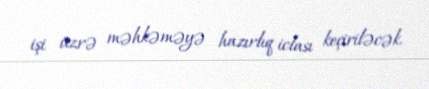
işi üzrə məhkəməyə hazırlıq iclası keçiriləcək.